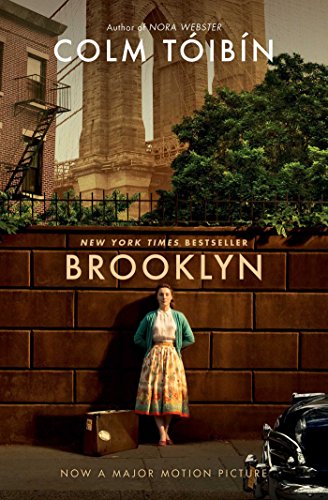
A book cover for Brooklyn; Colm Toibin; Literature & Fiction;